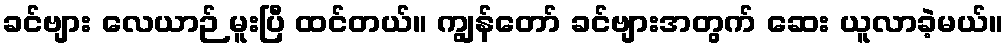
ခင်ဗျား လေယာဉ် မူးပြီ ထင်တယ်။ ကျွန်တော် ခင်ဗျားအတွက် ဆေး ယူလာခဲ့မယ်။